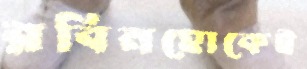
রবিনহোকেই